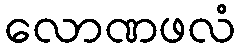
လောဏဖလံ